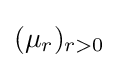
(\mu _{r})_{r>0}